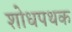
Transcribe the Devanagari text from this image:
शोधपथक